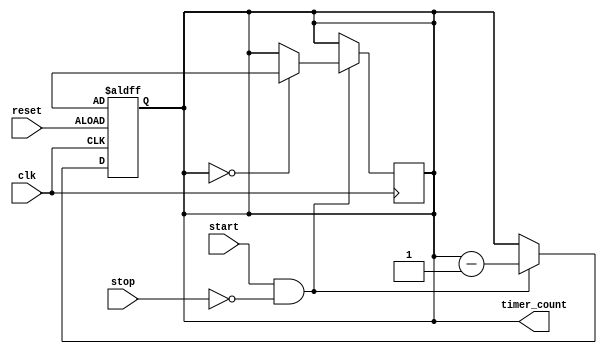
module countdown_timer (
input wire clk, // clock signal
input wire reset, // reset signal
input wire start, // start signal
input wire stop, // stop signal
output reg [15:0] timer_count // countdown timer value
);

reg [15:0] preset_value; // preset value for countdown timer

always @ (posedge clk or posedge reset) begin
if (reset) begin
timer_count <= preset_value;
end else if (start & !stop) begin
timer_count <= timer_count - 1;
end else if (stop) begin
timer_count <= timer_count;
end
end

always @ (posedge clk) begin
if (start & !stop) begin
if (timer_count == 0) begin
timer_count <= preset_value;
end
end
end

endmodule